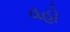
વહો